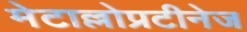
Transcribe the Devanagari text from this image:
मेटाल्लोप्रटीनेज